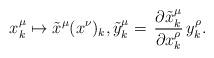
LaTeX: \begin{align*}x^\mu_k \mapsto \tilde{x}^\mu(x^\nu)_k,\tilde{y}^\mu_k=\,\frac{\partial \tilde{x}^\mu_k}{\partial x^\rho_k}\,y^\rho_k.\end{align*}